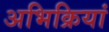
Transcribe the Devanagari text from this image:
अभिक्रियां